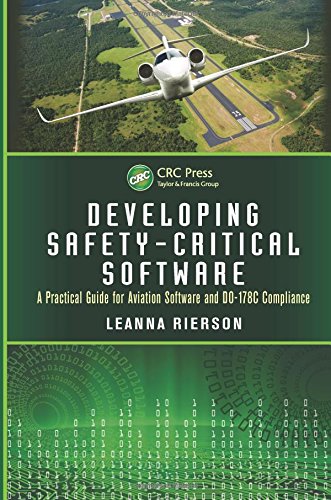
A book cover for Developing Safety-Critical Software: A Practical Guide for Aviation Software and DO-178C Compliance; Leanna Rierson; Science & Math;